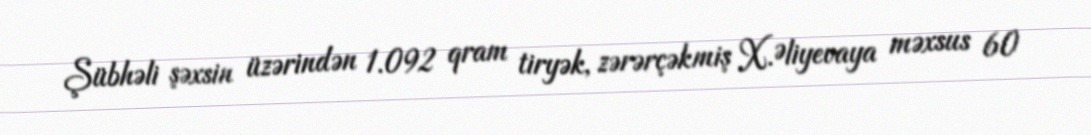
Şübhəli şəxsin üzərindən 1.092 qram tiryək, zərərçəkmiş X.Əliyevaya məxsus 60